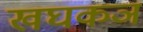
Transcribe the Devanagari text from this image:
खघकञ